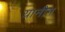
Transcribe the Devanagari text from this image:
यानीन